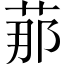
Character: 𦰡